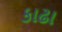
કાઢા